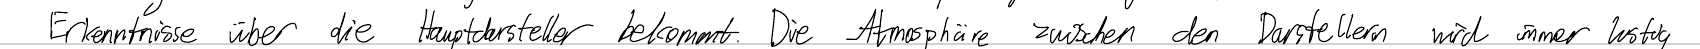
Erkenntnisse über die Hauptdarsteller bekommt. Die Atmosphäre zwischen den Darstellern wird immer lustig